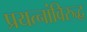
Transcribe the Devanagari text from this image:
प्रयत्‍नांविरुद्ध